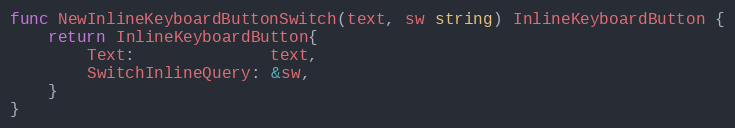
Language: Go
func NewInlineKeyboardButtonSwitch(text, sw string) InlineKeyboardButton {
	return InlineKeyboardButton{
		Text:              text,
		SwitchInlineQuery: &sw,
	}
}